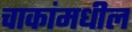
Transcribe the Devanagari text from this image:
चाकांमधील